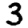
Digit: 3